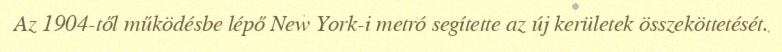
Az 1904-től működésbe lépő New York-i metró segítette az új kerületek összeköttetését.